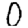
Digit: 0